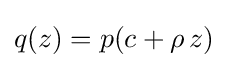
q(z)=p(c+\rho \,z)